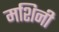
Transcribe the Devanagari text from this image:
मशिनी